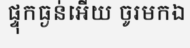
ផ្ទុកធ្ងន់អើយ ចូរមកឯ